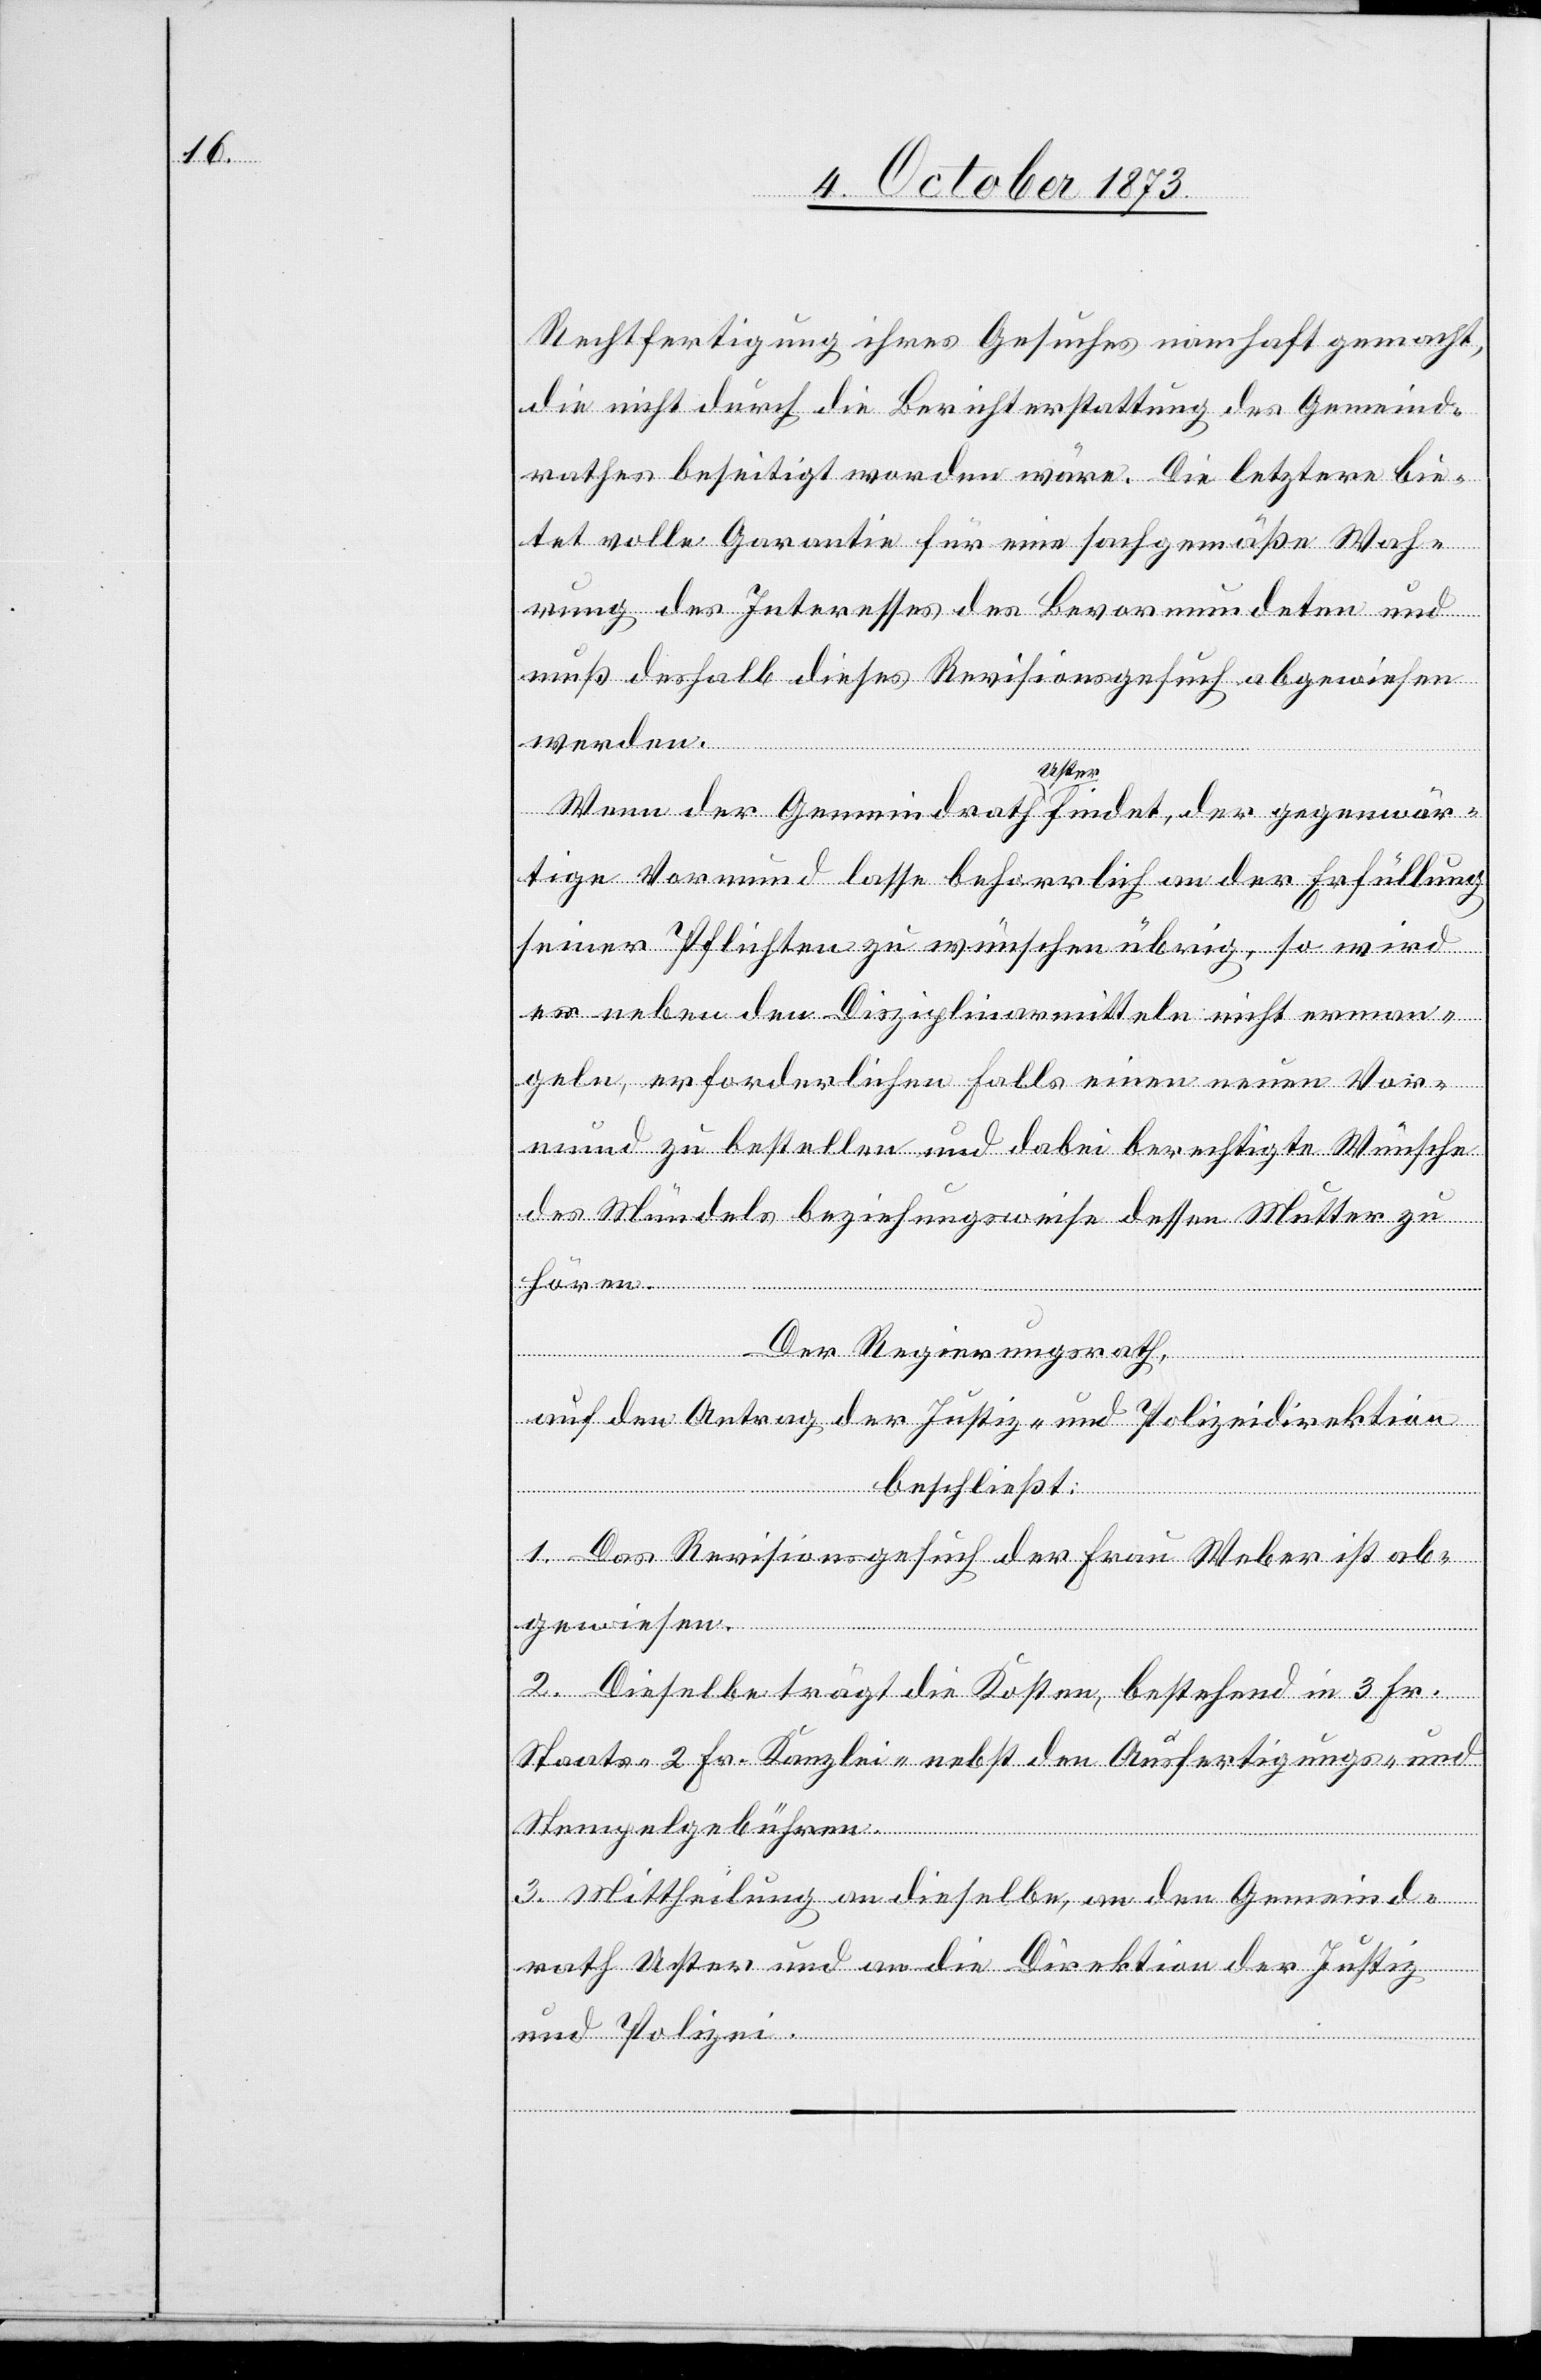
Rechtfertigung ihres Gesuches namhaft gemacht,
die nicht durch die Berichterstattung des Gemeind¬
rathes beseitigt worden wäre. Die letztere bie¬
tet volle Garantie für eine sachgemäße Wah¬
rung des Interesses des Bevormundeten und
muß deshalb dieses Revisionsgesuch abgewiesen
werden.
hören.
Wenn der Gemeindrath Uster findet, der gegenwär¬
tige Vormund lasse beharrlich an der Erfüllung
seiner Pflichten zu wünschen übrig, so wird
er neben den Disziplinarmitteln nicht erman¬
geln, erforderlichen Falls einen neuen Vor¬
mund zu bestellen und dabei berechtigte Wünsche
des Mündels beziehungsweise dessen Mutter zu
Der Regierungsrath,
auf den Antrag der Justiz- und Polizeidirektion
beschließt:
1. Das Revisionsgesuch der Frau Weber ist ab¬
gewiesen.
2. Dieselbe trägt die Kosten, bestehend in 3 Fr.
Staats- 2 Fr. Kanzlei- nebst den Ausfertigungs- und
Stempelgebühren.
3. Mittheilung an dieselbe, an den Gemeind¬
rath Uster und an die Direktion der Justiz
und Polizei.